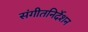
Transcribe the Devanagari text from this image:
संगीतनिर्देशन